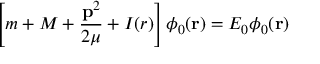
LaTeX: \left[ m + M + \frac { { \bf p } ^ { 2 } } { 2 \mu } + I ( r ) \right] \phi _ { 0 } ( { \bf r } ) = E _ { 0 } \phi _ { 0 } ( { \bf r } )